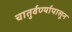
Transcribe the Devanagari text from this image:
चातुर्वर्ण्यापासून